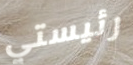
رئيستي